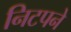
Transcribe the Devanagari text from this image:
निटपने